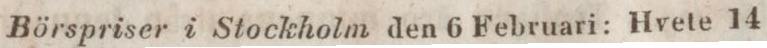
Börspriser i Stockholm den 6 Februari: Hvete 14